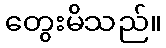
တွေးမိသည်။